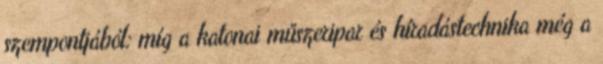
szempontjából: míg a katonai műszeripar és híradástechnika még a